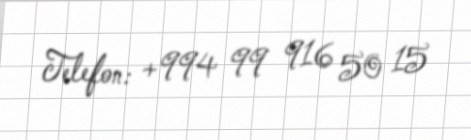
Telefon: +994 99 916 50 15